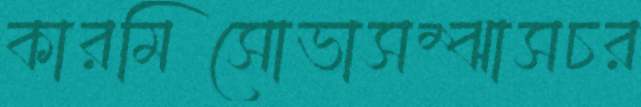
কারমিসোভাসম্‌ঝাসচর